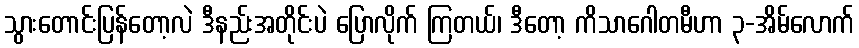
သွားတောင်းပြန်တော့လဲ ဒီနည်းအတိုင်းပဲ ပြောလိုက် ကြတယ်၊ ဒီတော့ ကိသာဂေါတမီဟာ ၃-အိမ်လောက်